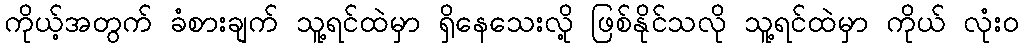
ကိုယ့်အတွက် ခံစားချက် သူ့ရင်ထဲမှာ ရှိနေသေးလို့ ဖြစ်နိုင်သလို သူ့ရင်ထဲမှာ ကိုယ် လုံးဝ